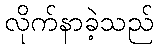
လိုက်နာခဲ့သည်